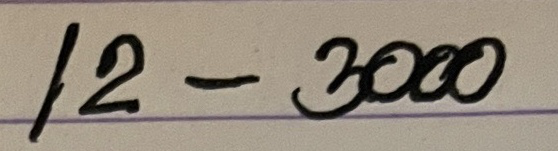
12 - 3000